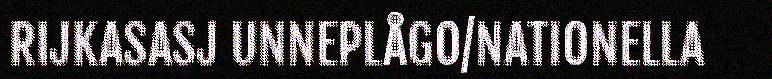
RIJKASASJ UNNEPLÅGO/NATIONELLA